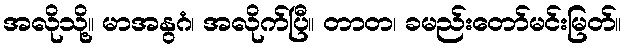
အလိုသို့။ မာအနွဂံ၊ အလိုက်ပြီ။ တာတ၊ ခမည်းတော်မင်းမြတ်။